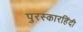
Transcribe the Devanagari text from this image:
पुरस्कारहिंदी